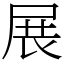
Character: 展